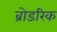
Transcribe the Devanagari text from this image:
ब्रोडरिक